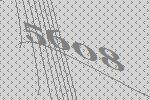
5608